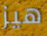
هيز